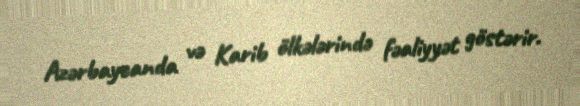
Azərbaycanda və Karib ölkələrində fəaliyyət göstərir.